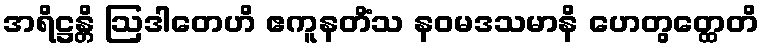
အရိဋ္ဌန္တိ ဩဒါတေဟိ ဧကူနတိံသ နဝမဒသမာနိ ဟေတွတ္ထေတိ